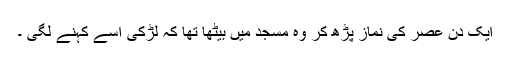
ایک دن عصر کی نماز پڑھ کر وہ مسجد میں بیٹھا تھا کہ لڑکی اسے کہنے لگی ۔